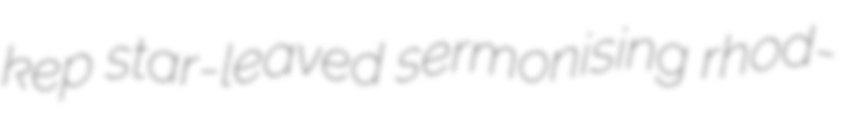
kep star-leaved sermonising rhod-